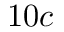
1 0 c